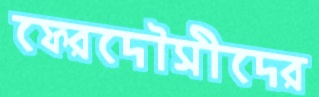
ফেরদৌসীদের